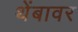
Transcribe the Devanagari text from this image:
थेंबावर